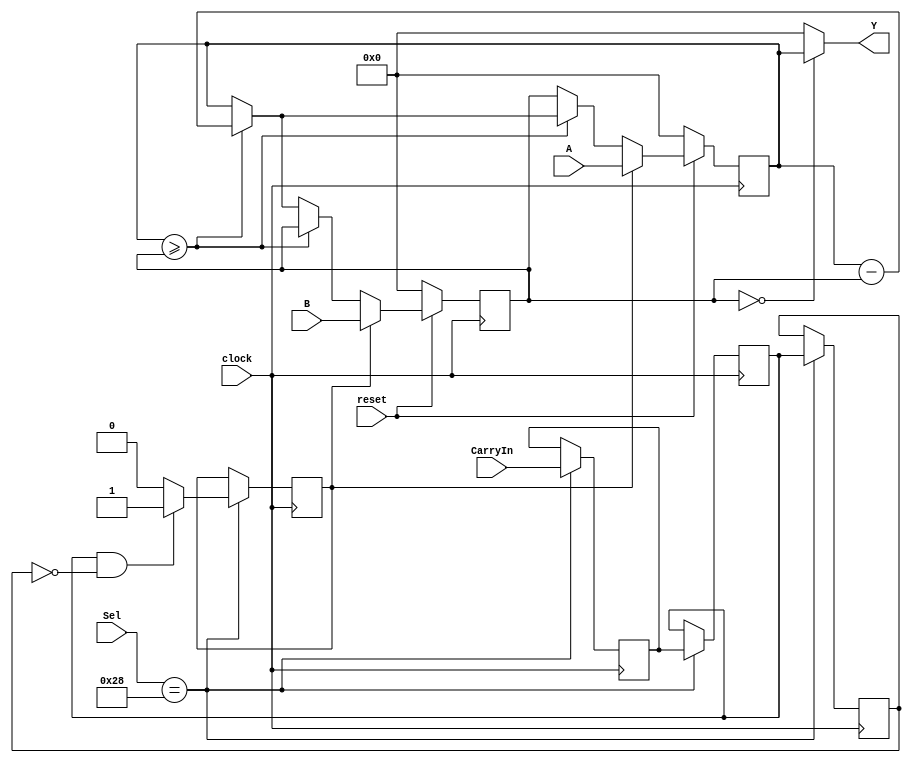

module GCD(clock,reset,Sel,CarryIn,A,B,Y);

parameter width=11;
input[5:0] Sel;
input clock,reset,CarryIn;
input [width-1:0] A,B;
output [width-1:0] Y;

reg A_lessthan_B,done;
reg [width-1:0] A_new, A_hold, B_hold, Y;

reg delay1, delay2;
reg GCD_Load = 0;
wire [5:0] Sel;
wire CarryIn;
reg Load;


always@(posedge clock)

begin: LOAD_SWAP
if(!reset)
begin
A_hold=0;
B_hold=0;
end

else if(GCD_Load)
begin
A_hold=A;
B_hold=B;
end

else if(A_lessthan_B)
begin
A_hold=B_hold;
B_hold=A_new;
end
else
A_hold=A_new;
end


always@(A_hold or B_hold)
begin:SUBTRACT
if(A_hold>=B_hold)
begin
A_lessthan_B=0;
A_new=A_hold-B_hold;
end
else
begin
A_lessthan_B=1;
A_new=A_hold;
end
end


always@(A_hold or B_hold)
begin:WRITE_OUTPUT
if(B_hold==0)
begin
done=1;
Y=A_hold;
end
else
begin
done=0;
Y=0;
end
end 

always @(posedge clock)
    begin
    if(Sel[5:0]==6'b101_000)
    begin
    Load <= CarryIn;
    delay1 <= Load;
    delay2 <= delay1;
        if(delay1 == 1 && delay2 == 0)
            GCD_Load <= 1;
        else 
            GCD_Load <= 0;
    end
    end

endmodule